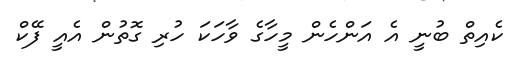
ކެއިތް ބުނީ އެ އަންހެން މީހާގެ ވާހަކަ ހުރި ގޮތުން އެއީ ފޭކް